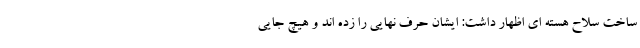
ساخت سلاح هسته ای اظهار داشت: ایشان حرف نهایی را زده اند و هیچ جایی